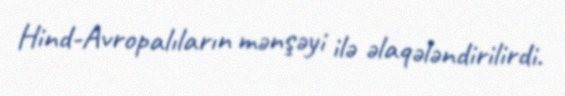
Hind-Avropalıların mənşəyi ilə əlaqələndirilirdi.